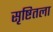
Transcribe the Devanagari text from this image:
सृष्टितला